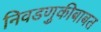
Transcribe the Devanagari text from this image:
निवडणुकीबाबत